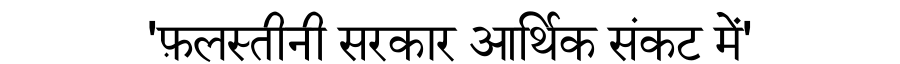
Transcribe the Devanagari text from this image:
'फ़लस्तीनी सरकार आर्थिक संकट में'